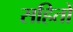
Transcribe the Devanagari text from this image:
सहितों